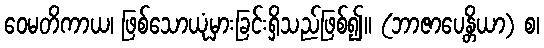
ဝေမတိကာယ၊ ဖြစ်သောယုံမှားခြင်းရှိသည်ဖြစ်၍။ (ဘာဇာပေန္တိယာ) စ၊